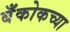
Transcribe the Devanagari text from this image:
बँकोकच्या